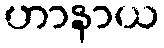
ဟာနာယ